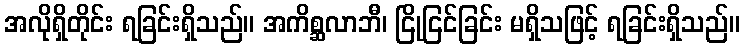
အလိုရှိတိုင်း ရခြင်းရှိသည်။ အကိစ္ဆလာဘီ၊ ငြိုငြင်ခြင်း မရှိသဖြင့် ရခြင်းရှိသည်။